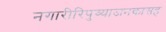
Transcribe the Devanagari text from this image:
नगारीरिपुच्याजनकासह